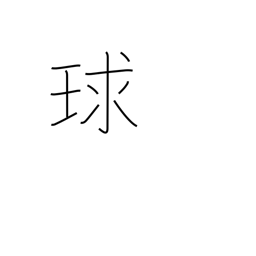
Meaning: sphere